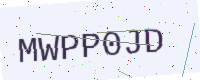
Text: MWPP0JD